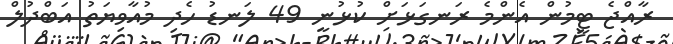
ރާއްޖެ ޓީމުން އެންމެ ރަނގަޅަށް ކުޅުނީ 49 ލަނޑު ހެދި މުއާވިޔަތު އަބްދުލް